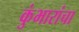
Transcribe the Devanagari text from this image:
कुंभारांचा